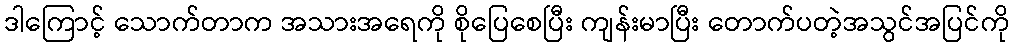
ဒါကြောင့် သောက်တာက အသားအရေကို စိုပြေစေပြီး ကျန်းမာပြီး တောက်ပတဲ့အသွင်အပြင်ကို